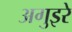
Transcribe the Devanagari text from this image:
अगुइरे